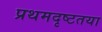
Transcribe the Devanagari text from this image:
प्रथमदृष्टतया